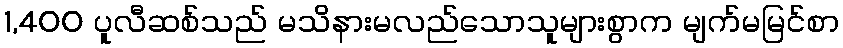
1,400 ပူလီဆစ်သည် မသိနားမလည်သောသူများစွာက မျက်မမြင်စာ